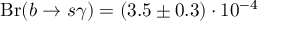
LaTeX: \mathrm { B r } ( b \to s \gamma ) = ( 3 . 5 \pm 0 . 3 ) \cdot 1 0 ^ { - 4 }